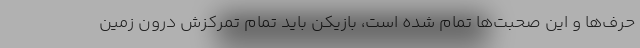
حرف‌ها و این صحبت‌ها تمام شده است، بازیکن باید تمام تمرکزش درون زمین